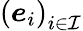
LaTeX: \left(\boldsymbol{e}_{i}\right)_{i\in\mathcal{I}}